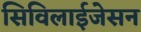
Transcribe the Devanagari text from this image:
सिविलाईजेसन